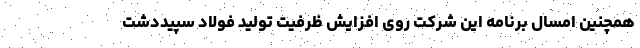
همچنین امسال برنامه این شرکت روی افزایش ظرفیت تولید فولاد سپیددشت